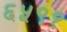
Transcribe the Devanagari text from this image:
६५९१